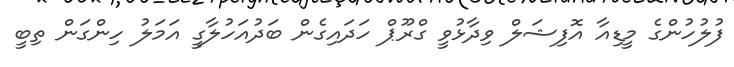
ފުލުހުންގެ މީޑިއާ އޮފިޝަލް ވިދާޅުވީ ގްރޫޕް ހަދައިގެން ބަދުއަހުލާގީ އަމަލު ހިންގަން ތިބީ